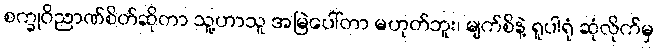
စက္ခုဝိညာဏ်စိတ်ဆိုတာ သူ့ဟာသူ အမြဲပေါ်တာ မဟုတ်ဘူး၊ မျက်စိနဲ့ ရူပါရုံ ဆုံလိုက်မှ